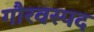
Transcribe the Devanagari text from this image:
गौरवस्पद